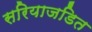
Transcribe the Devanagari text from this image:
सरियाजडित